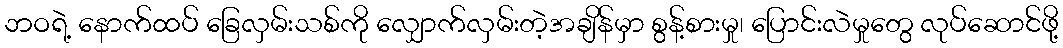
ဘဝရဲ့ နောက်ထပ် ခြေလှမ်းသစ်ကို လျှောက်လှမ်းတဲ့အချိန်မှာ စွန့်စားမှု၊ ပြောင်းလဲမှုတွေ လုပ်ဆောင်ဖို့